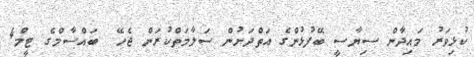
ކުޅިވަރު މައިދާން ސިޔާސީ ބޭފުޅުންގެ އަތްދަށުން ސަލާމަތްކުރަން ޖެހޭ  ބައްސާމްގެ ޓީމް4